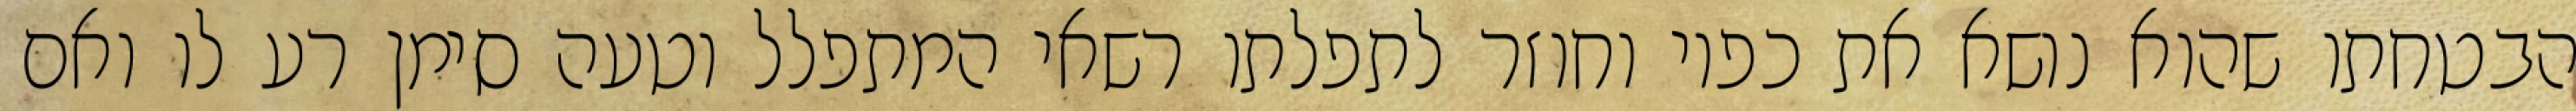
הבטחתו שהוא נושא את כפיו וחוזר לתפלתו רשאי המתפלל וטעה סימן רע לו ואם